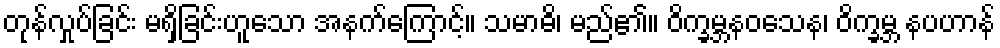
တုန်လှုပ်ခြင်း မရှိခြင်းဟူသော အနက်ကြောင့်။ သမာဓိ၊ မည်၏။ ဝိက္ခမ္ဘနဝသေန၊ ဝိက္ခမ္ဘ နပဟာန်